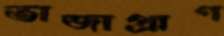
তাজাপ্রাণ